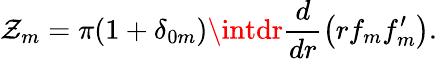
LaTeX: \mathcal{Z}_{m}=\pi(1+\delta_{0m})\intdr\frac{d}{{dr}}\left(rf_{m}f_{m}^{\prime}\right).